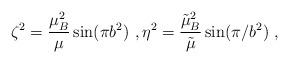
LaTeX: \begin{align*}\zeta^2=\frac{\mu_B^2}{\mu}\sin(\pi b^2)\ , \eta^2=\frac{\tilde{\mu}_B^2}{\tilde{\mu}}\sin(\pi /b^2)\ ,\end{align*}